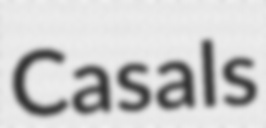
Casals